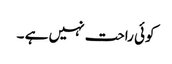
کوئی راحت نہیں ہے ۔